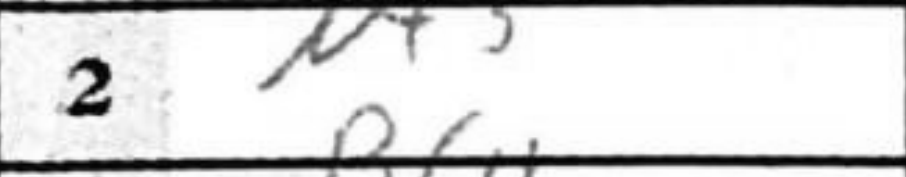
Transcription: Nf3